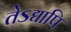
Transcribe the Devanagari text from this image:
तेऽद्यापि